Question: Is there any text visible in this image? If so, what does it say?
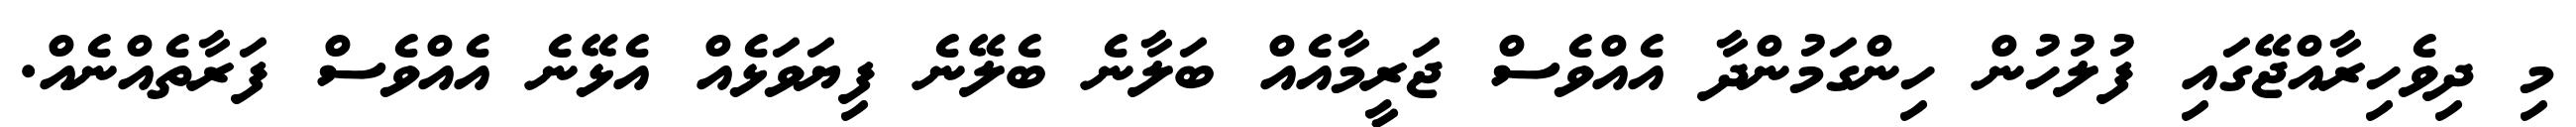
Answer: މި ދިވެހިރާއްޖޭގައި ފުލުހުން ހިންގަމުންދާ އެއްވެސް ޖަރީމާއެއް ބަލާނެ ބެލޭނެ ފިޔަވަޅެއް އެޅޭނެ އެއްވެސް ފަރާތެއްނެއް.